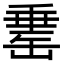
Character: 𦈼